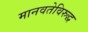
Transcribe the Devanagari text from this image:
मानवतेविरुद्ध